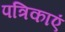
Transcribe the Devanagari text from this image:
पत्रिकाएं